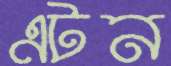
এটন